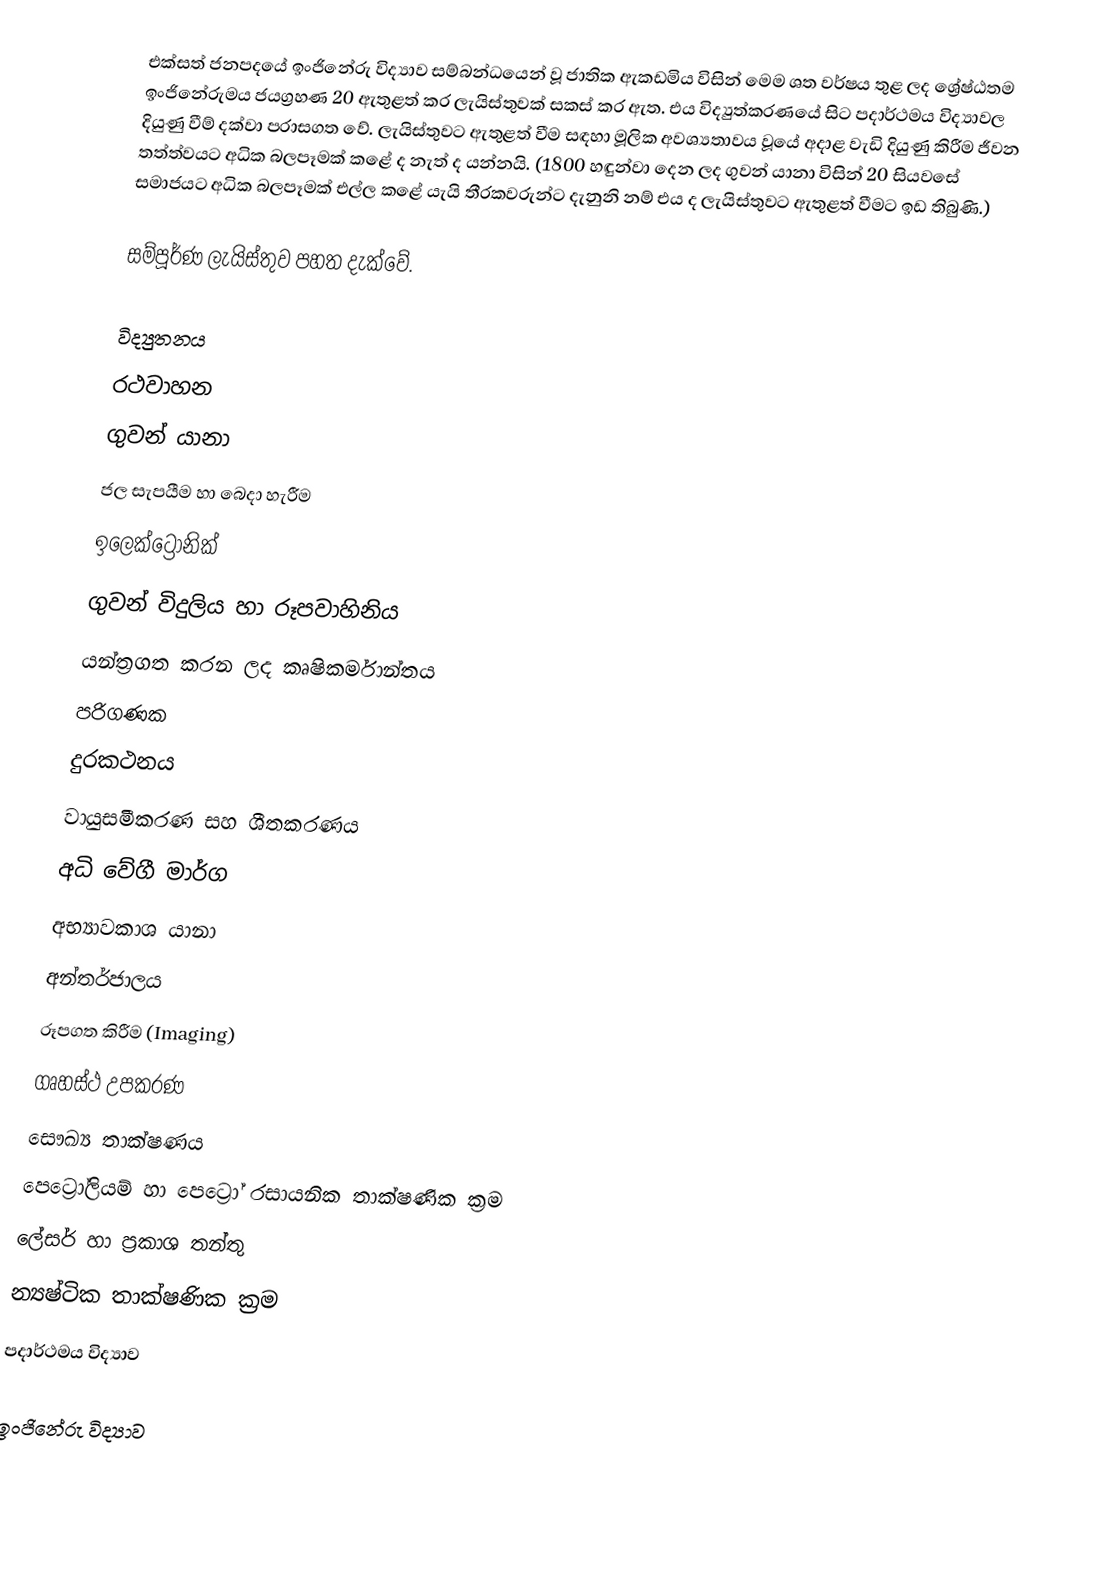
එක්සත් ජනපදයේ ඉංජිනේරු විද්‍යාව සම්බන්ධයෙන් වූ ජාතික ඇකඩමිය විසින් මෙම ශත වර්ෂය තුළ ලද ශ්‍රේෂ්ඨතම ඉංජිනේරුමය ජයග්‍රහණ 20 ඇතුළත් කර  ලැයිස්තුවක් සකස් කර ඇත. එය විද්‍යුත්කරණයේ සිට පදාර්ථමය විද්‍යාවල දියුණු වීම් දක්වා පරාසගත වේ. ලැයිස්තුවට ඇතුළත් වීම සඳහා මූලික අවශ්‍යතාවය වූයේ අදාළ වැඩි දියුණු කිරීම ජීවන තත්ත්වයට අධික බලපෑමක් කළේ ද නැත් ද යන්නයි. (1800 හඳුන්වා දෙන ලද ගුවන් යානා විසින් 20 සියවසේ සමාජයට අධික බලපෑමක් එල්ල කළේ යැයි තීරකවරුන්ට දැනුනි නම් එය ද ලැයිස්තුවට ඇතුළත් වීමට ඉඩ තිබුණි.)

සම්පූර්ණ ලැයිස්තුව පහත දැක්වේ.

 විද්‍යුතනය
 රථවාහන
 ගුවන් යානා
 ජල සැපයීම හා බෙදා හැරීම
 ඉලෙක්ට්‍රොනික්
 ගුවන් විදුලිය හා රූපවාහිනිය
 යන්ත්‍රගත කරන ලද කෘෂිකර්මාන්තය
 පරිගණක
 දුරකථනය
 වායුසමීකරණ සහ ශීතකරණය
 අධි වේගී මාර්ග
 අභ්‍යාවකාශ යානා
 අන්තර්ජාලය
 රූපගත කිරීම (Imaging)
 ගෘහස්ථ උපකරණ
 සෞඛ්‍ය තාක්ෂණය
 පෙට්‍රෝලියම් හා පෙට්‍රෝ රසායනික තාක්ෂණික ක්‍රම
 ලේසර් හා ප්‍රකාශ තන්තු
 න්‍යෂ්ටික තාක්ෂණික ක්‍රම
 පදාර්ථමය විද්‍යාව

 ඉංජිනේරු විද්‍යාව